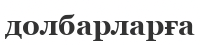
долбарларға